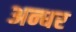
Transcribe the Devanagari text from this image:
अन्धर